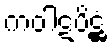
ကဝါဋပိဋ္ဌံ